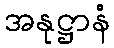
အနုဋ္ဌာနံ